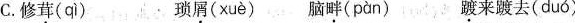
C.修葺( qì ) 琐屑( xuè ) 脑畔( pàn ) 踱来踱去( duó )